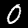
Label: 0